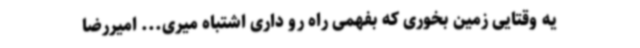
یه وقتایی زمین بخوری که بفهمی راه رو داری اشتباه میری... امیررضا